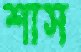
শাস